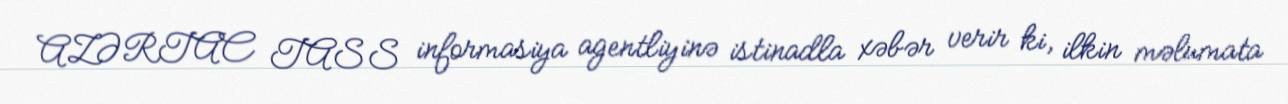
AZƏRTAC TASS informasiya agentliyinə istinadla xəbər verir ki, ilkin məlumata